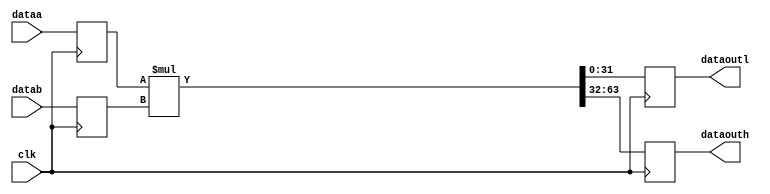
// Quartus II Verilog Template
// Unsigned multiply with input and output registers

module multiplier
#(parameter WIDTH=32)
(
	input clk,
	input [WIDTH-1:0] dataa,
	input [WIDTH-1:0] datab,
	output reg [WIDTH-1:0] dataoutl,
	output reg [WIDTH-1:0] dataouth
);

	// Declare input and output registers
	reg [WIDTH-1:0] dataa_reg;
	reg [WIDTH-1:0] datab_reg;
	wire [2*WIDTH-1:0] mult_out;
	//wire [WIDTH-1:0] mult_outl;
//	wire [WIDTH-1:0] mult_outh;
	// Store the result of the multiply
	assign mult_out = dataa_reg * datab_reg;
	// Update data
	always @ (posedge clk)
	begin
		dataa_reg <= dataa;
		datab_reg <= datab;
		dataoutl <= mult_out[WIDTH-1:0];
		dataouth <= mult_out[2*WIDTH-1:WIDTH];
	end

endmodule